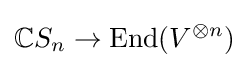
\mathbb {C} S_{n}\to \operatorname {End} (V^{\otimes n})